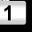
Digit: 1